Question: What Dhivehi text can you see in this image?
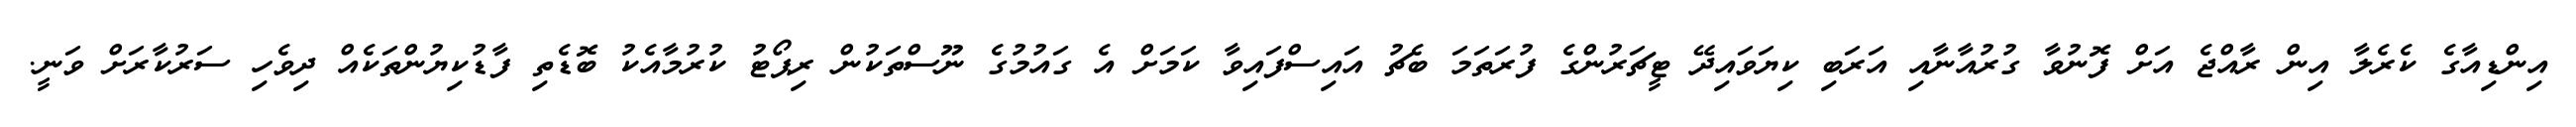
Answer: އިންޑިއާގެ ކެރެލާ އިން ރާއްޖެ އަށް ފޮނުވާ ގުރުއާނާއި އަރަބި ކިޔަވައިދޭ ޓީޗަރުންގެ ފުރަތަމަ ބެޗު އައިސްފައިވާ ކަމަށް އެ ގައުމުގެ ނޫސްތަކުން ރިޕޯޓު ކުރުމާއެކު ބޮޑެތި ފާޑުކިޔުންތަކެއް ދިވެހި ސަރުކާރަށް ވަނީ.